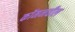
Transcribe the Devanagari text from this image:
कॉमनवील